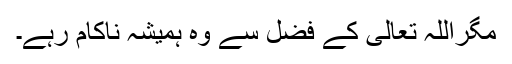
مگراللہ تعالیٰ کے فضل سے وہ ہمیشہ ناکام رہے۔